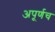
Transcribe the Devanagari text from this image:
अपूर्णच